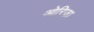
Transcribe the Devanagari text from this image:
ओरिज़ा